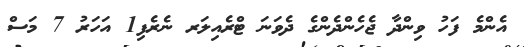
އެންމެ ފަހު ވިންދާ ޖެހެންދެންގެ ދެވަނަ ޓްރެއިލަރ ނެރެފި1 އަހަރު 7 މަސް